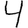
Digit: 4